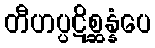
တီဟပ္ပဋိစ္ဆန္နံပေ